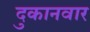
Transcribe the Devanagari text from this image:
दुकानवार